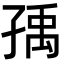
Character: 𡥶